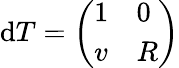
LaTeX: \mathrm{d}T=\left(\begin{array}{ll}{1}&{0}\\ {v}&{R}\end{array}\right)